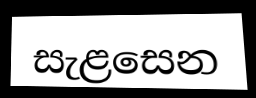
සැළසෙන